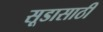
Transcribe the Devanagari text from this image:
सूडासाठी